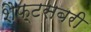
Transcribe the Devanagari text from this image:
शैफ़्टसबरी